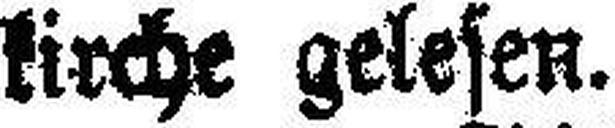
kirche gelesen.